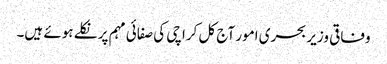
وفاقی وزیر بحری امور آج کل کراچی کی صفائی مہم پر نکلے ہوئے ہیں۔